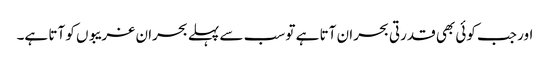
اور جب کوئی بھی قدرتی بحران آتا ہے تو سب سے پہلے بحران غریبوں کو آتا ہے۔